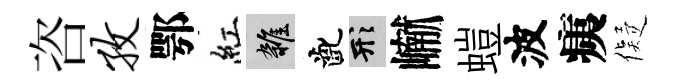
咨孜鄂紅雜齔形𪩘螘波痍儗